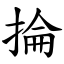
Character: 掄